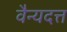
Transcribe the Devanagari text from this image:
वैन्यदत्त